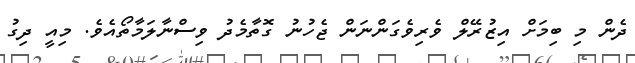
ދެން މި ބިމަށް އިޒުރޭލް ވެރިވެގަންނަން ޖެހުނު ގޮތާމެދު ވިސްނާލަމާތޯއެވެ. މިއީ ދިގު